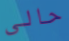
حالي